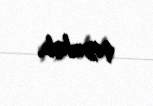
qoyulub.